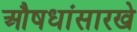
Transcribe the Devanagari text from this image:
औषधांसारखे